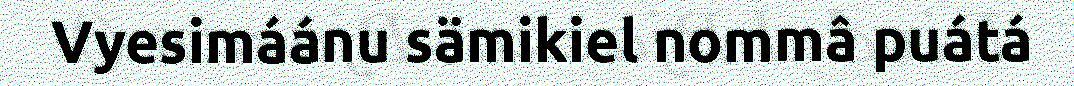
Vyesimáánu sämikiel nommâ puátá